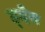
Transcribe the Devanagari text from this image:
ह्र्देय